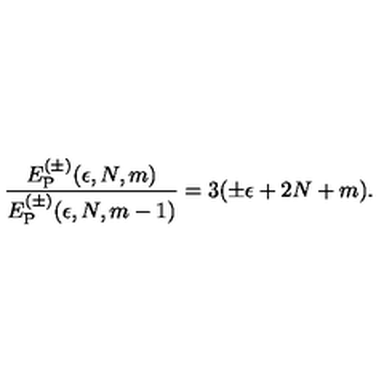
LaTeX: { \frac { E _ { \mathrm { P } } ^ { ( \pm ) } ( \epsilon , N , m ) } { E _ { \mathrm { P } } ^ { ( \pm ) } ( \epsilon , N , m - 1 ) } } = 3 ( \pm \epsilon + 2 N + m ) .